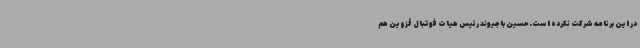
در این برنامه شرکت نکرده است.حسین باجیوند رئیس هیات فوتبال قزوین هم